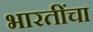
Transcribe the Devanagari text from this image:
भारतींचा